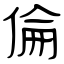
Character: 倫